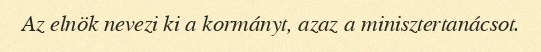
Az elnök nevezi ki a kormányt, azaz a minisztertanácsot.